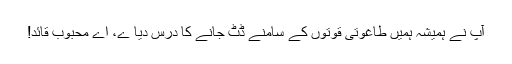
آپ نے ہمیشہ ہمیں طاغوتی قوتوں کے سامنے ڈٹ جانے کا درس دیا ے، اے محبوب قائد!